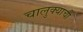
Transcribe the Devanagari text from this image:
चालुक्याची